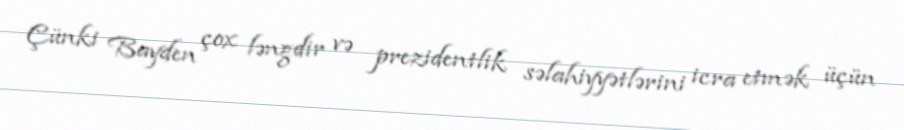
Çünki Bayden çox ləngdir və prezidentlik səlahiyyətlərini icra etmək üçün